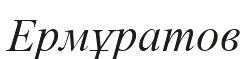
Ермұратов